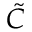
\tilde { C }